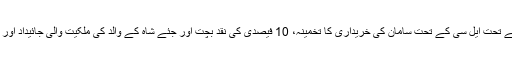
اس بیان میں یہ بھی کہا گیا ہے کہ ‘ یہ سہولت عام بینکنگ شرطوں پر حاصل کی گئی ہے، جس کے تحت ایل سی کے تحت سامان کی خریداری کا تخمینہ، 10 فیصدی کی نقد بچت اور جئے شاہ کے والد کی ملکیت والی جائیداد اور کسم فنسرو (جس کو 5 اپریل، 2014 کو خریدا گیا) کی ایک دوسری جائیداد کی ضمانت شامل ہے۔